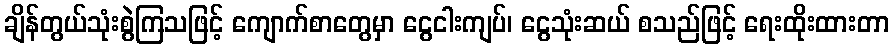
ချိန်တွယ်သုံးစွဲကြသဖြင့် ကျောက်စာတွေမှာ ငွေငါးကျပ်၊ ငွေသုံးဆယ် စသည်ဖြင့် ရေးထိုးထားတာ